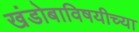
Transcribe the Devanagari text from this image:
खंडोबाविषयीच्या